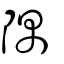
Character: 隅